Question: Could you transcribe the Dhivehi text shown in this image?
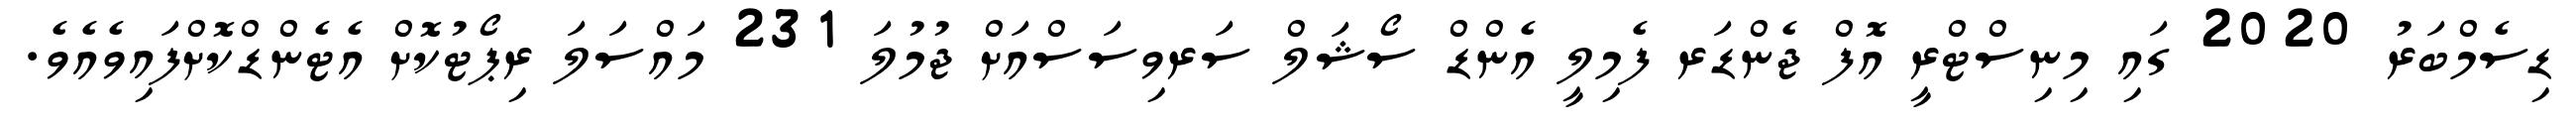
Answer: ޑިސެމްބަރު 2020 ގައި މިނިސްޓްރީ އޮފް ޖެންޑަރ ފެމިލީ އެންޑް ސޯޝަލް ސަރވިސަސްއަށް ޖުމުލަ 231 މައްސަލަ ރިޕޯޓުކޮށް އެޓެންޑްކޮށްފައިވެއެވެ.